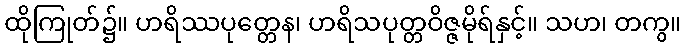
ထိုကြုတ်၌။ ဟရိဿပုတ္တေန၊ ဟရိသပုတ္တဝိဇ္ဇမိုရ်နှင့်။ သဟ၊ တကွ။